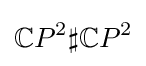
\mathbb {C} P^{2}\sharp \mathbb {C} P^{2}